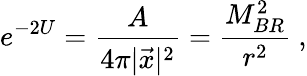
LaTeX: e^{-2U}={\frac{A}{4\pi|\vec{x}|^{2}}}={\frac{M_{BR}^{2}}{r^{2}}}\ ,